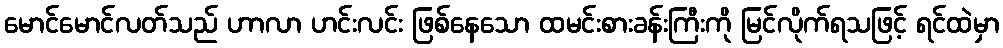
မောင်မောင်လတ်သည် ဟာလာ ဟင်းလင်း ဖြစ်နေသော ထမင်းစားခန်းကြီးကို မြင်လိုက်ရသဖြင့် ရင်ထဲမှာ